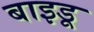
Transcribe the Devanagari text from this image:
बाइडू